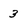
Character: 3